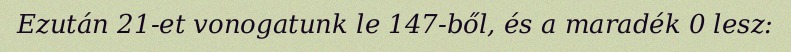
Ezután 21-et vonogatunk le 147-ből, és a maradék 0 lesz: